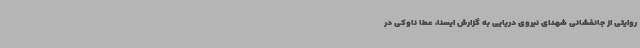
روایتی از جانفشانی شهدای نیروی دریایی به گزارش ایسنا، عطا ناوکی در